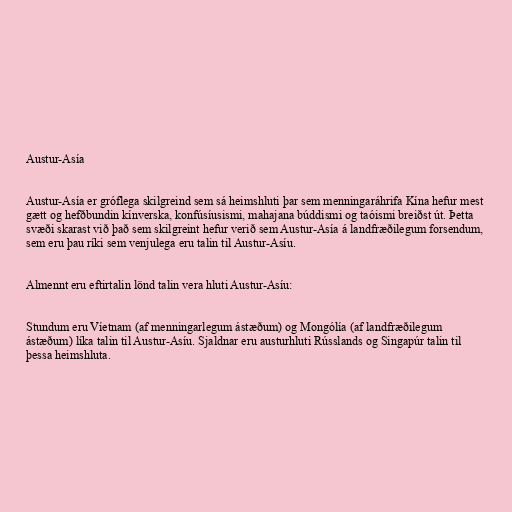
Austur-Asía

Austur-Asía er gróflega skilgreind sem sá heimshluti þar sem menningaráhrifa Kína hefur mest
gætt og hefðbundin kínverska, konfúsíusismi, mahajana búddismi og taóismi breiðst út. Þetta
svæði skarast við það sem skilgreint hefur verið sem Austur-Asía á landfræðilegum forsendum,
sem eru þau ríki sem venjulega eru talin til Austur-Asíu.

Almennt eru eftirtalin lönd talin vera hluti Austur-Asíu:

Stundum eru Víetnam (af menningarlegum ástæðum) og Mongólía (af landfræðilegum
ástæðum) líka talin til Austur-Asíu. Sjaldnar eru austurhluti Rússlands og Singapúr talin til
þessa heimshluta.